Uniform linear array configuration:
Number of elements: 32
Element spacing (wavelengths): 0.25
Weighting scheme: blackman
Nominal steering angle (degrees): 30
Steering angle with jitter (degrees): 31.023
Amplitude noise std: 0.05
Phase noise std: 0.05

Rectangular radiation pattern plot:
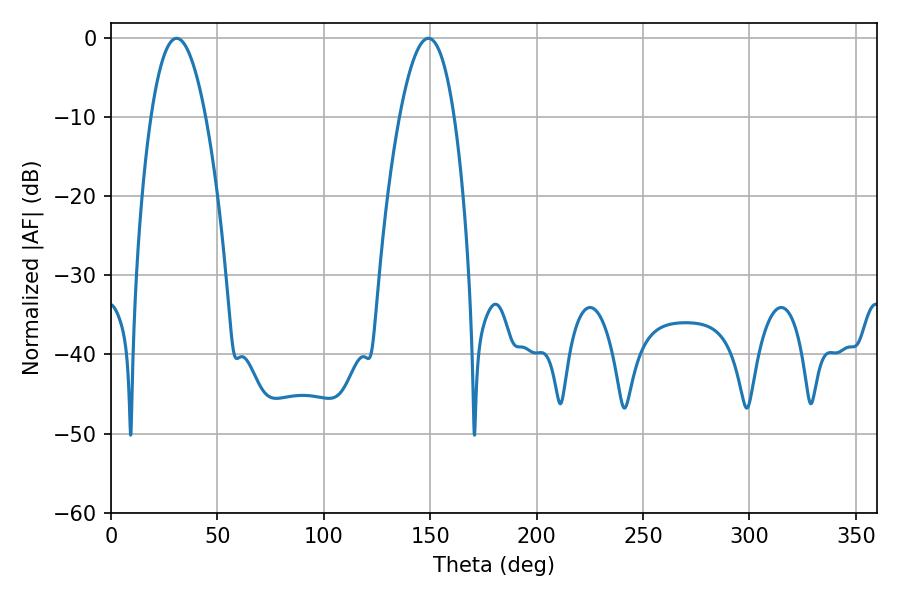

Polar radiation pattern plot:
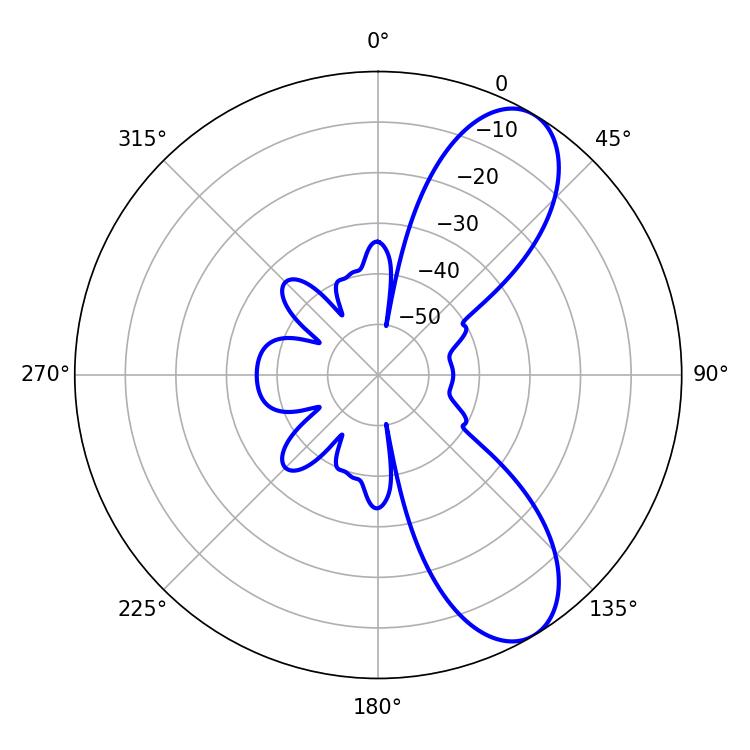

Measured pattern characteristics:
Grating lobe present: FALSE
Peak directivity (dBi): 8.646
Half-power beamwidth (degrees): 14.22
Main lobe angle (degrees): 30.78